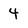
Character: 4